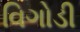
વિગોડી